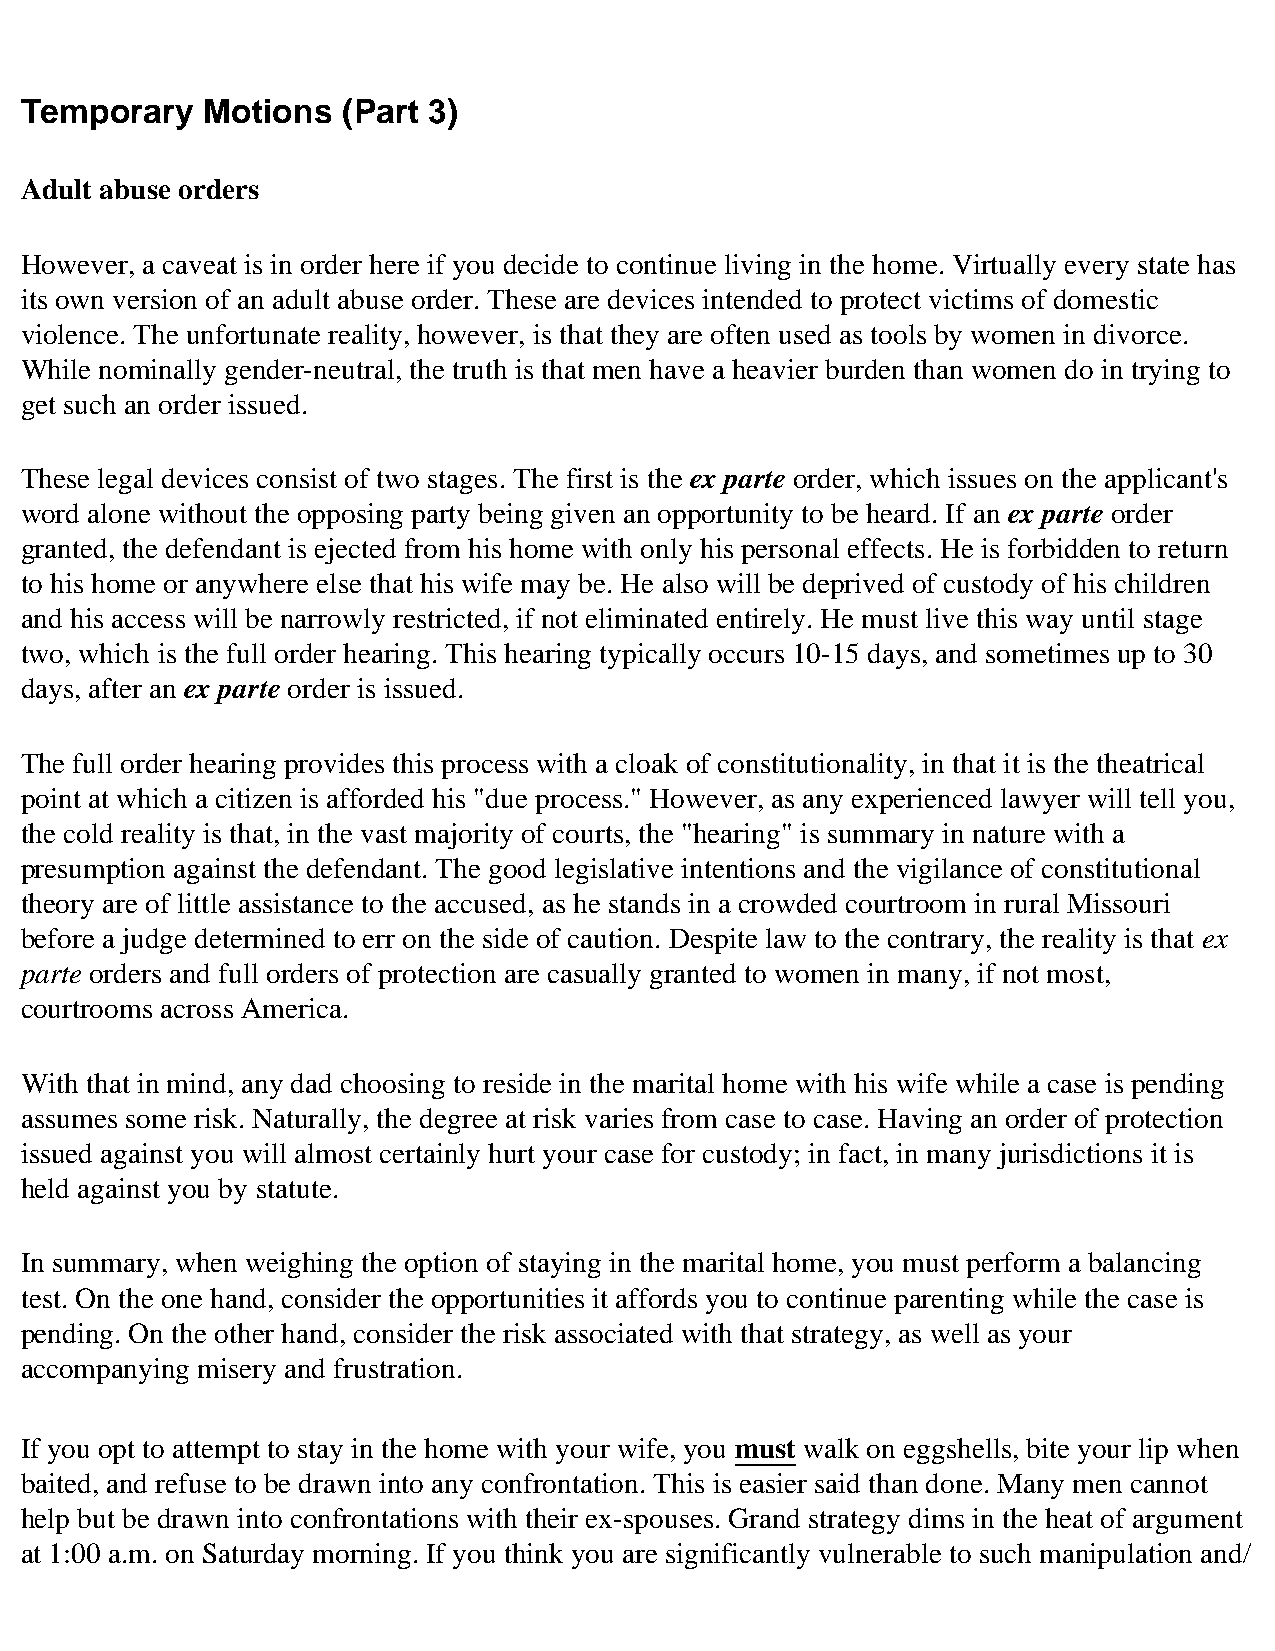
Temporary    Motions  (Part 3)
 Adult abuse orders
 However, a caveat is in order here if you decide to continue living in the home. Virtually every state has
 its own version of an adult abuse order. These are devices intended to protect victims of domestic
 violence. The unfortunate reality, however, is that they are often used as tools by women in divorce.
 While nominally gender-neutral, the truth is that men have a heavier burden than women do in trying to
 get such an order issued.
 These legal devices consist of two stages. The first is the ex parte order, which issues on the applicant's
 word alone without the opposing party being given an opportunity to be heard. If an ex parte order
 granted, the defendant is ejected from his home with only his personal effects. He is forbidden to return
 to his home or anywhere else that his wife may be. He also will be deprived of custody of his children
 and his access will be narrowly restricted, if not eliminated entirely. He must live this way until stage
 two, which is the full order hearing. This hearing typically occurs 10-15 days, and sometimes up to 30
 days, after an ex parte order is issued.
 The full order hearing provides this process with a cloak of constitutionality, in that it is the theatrical
 point at which a citizen is afforded his "due process." However, as any experienced lawyer will tell you,
 the cold reality is that, in the vast majority of courts, the "hearing" is summary in nature with a
 presumption against the defendant. The good legislative intentions and the vigilance of constitutional
 theory are of little assistance to the accused, as he stands in a crowded courtroom in rural Missouri
 before a judge determined to err on the side of caution. Despite law to the contrary, the reality is that ex
 parte orders and full orders of protection are casually granted to women in many, if not most,
 courtrooms across America.
 With that in mind, any dad choosing to reside in the marital home with his wife while a case is pending
 assumes some risk. Naturally, the degree at risk varies from case to case. Having an order of protection
 issued against you will almost certainly hurt your case for custody; in fact, in many jurisdictions it is
 held against you by statute.
 In summary, when weighing the option of staying in the marital home, you must perform a balancing
 test. On the one hand, consider the opportunities it affords you to continue parenting while the case is
 pending. On the other hand, consider the risk associated with that strategy, as well as your
 accompanying misery and frustration.
 If you opt to attempt to stay in the home with your wife, you must walk on eggshells, bite your lip when
 baited, and refuse to be drawn into any confrontation. This is easier said than done. Many men cannot
 help but be drawn into confrontations with their ex-spouses. Grand strategy dims in the heat of argument
 at 1:00 a.m. on Saturday morning. If you think you are significantly vulnerable to such manipulation and/